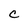
Character: C